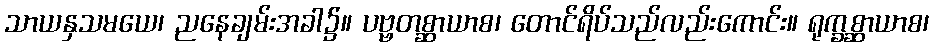
သာယနှသမယေ၊ ညနေချမ်းအခါ၌။ ပဗ္ဗတစ္ဆာယာစ၊ တောင်ရိပ်သည်လည်းကောင်း။ ရုက္ခစ္ဆာယာစ၊